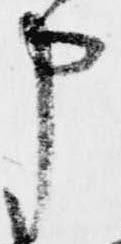
申